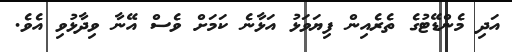
އަދި މެންޑޭޓުގެ ތެރެއިން ފިޔަވަޅު އަޅާނެ ކަމަށް ވެސް އޭނާ ވިދާޅުވި އެވެ.